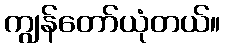
ကျွန်တော်ယုံတယ်။